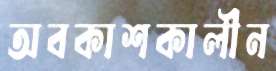
অবকাশকালীন